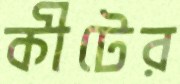
কীটের